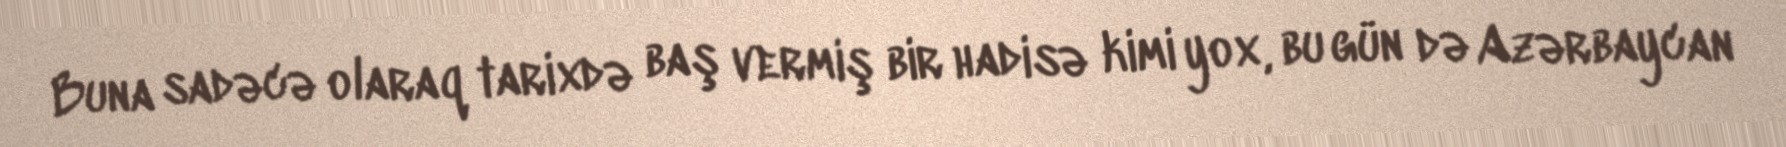
Buna sadəcə olaraq tarixdə baş vermiş bir hadisə kimi yox, bu gün də Azərbaycan